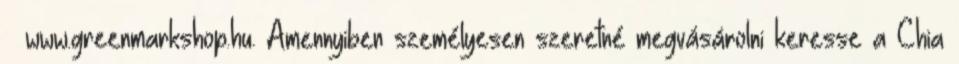
– www.greenmarkshop.hu. Amennyiben személyesen szeretné megvásárolni keresse a Chia